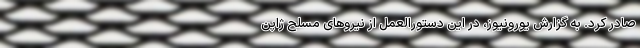
صادر کرد. به گزارش یورونیوز، در این دستورالعمل از نیروهای مسلح ژاپن